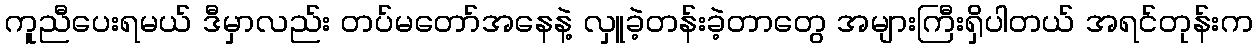
ကူညီပေးရမယ် ဒီမှာလည်း တပ်မတော်အနေနဲ့ လှူခဲ့တန်းခဲ့တာတွေ အများကြီးရှိပါတယ် အရင်တုန်းက